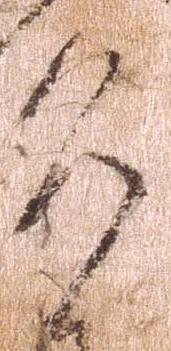
道